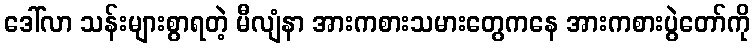
ဒေါ်လာ သန်းများစွာရတဲ့ မီလျံနာ အားကစားသမားတွေကနေ အားကစားပွဲတော်ကို